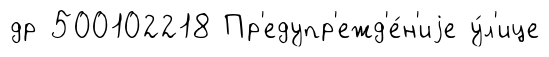
др 500102218 Пр'едупр'ежд'е́н'иjе у́л'ице